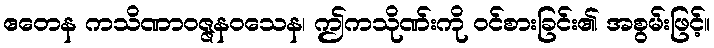
ဧတေန ကသိဏာဝဇ္ဇနဝသေန၊ ဤကသိုဏ်းကို ဝင်စားခြင်း၏ အစွမ်းဖြင့်။